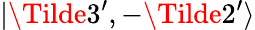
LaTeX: |\Tilde{3^{\prime}},-\Tilde{2^{\prime}}\rangle